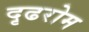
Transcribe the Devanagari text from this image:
दृढरोम